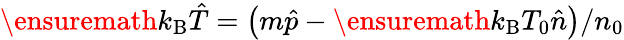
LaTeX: \ensuremath{k_{\mathrm{B}}}\hat{T}=\left(m\hat{p}-\ensuremath{k_{\mathrm{B}}}T_{0}\hat{n}\right)/n_{0}